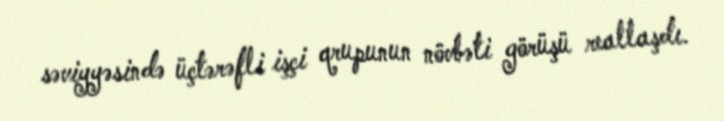
səviyyəsində üçtərəfli işçi qrupunun növbəti görüşü reallaşdı.